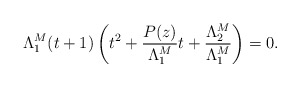
\begin{align*}\Lambda_1^M(t+1)\left(t^2+\frac{P(z)}{\Lambda_1^M}t+\frac{\Lambda_2^M}{\Lambda_1^M}\right) = 0.\end{align*}